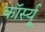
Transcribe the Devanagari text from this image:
कॉर्स्यू